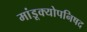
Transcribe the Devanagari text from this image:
मांडूक्योपनिषद